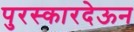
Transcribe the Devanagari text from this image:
पुरस्कारदेऊन